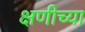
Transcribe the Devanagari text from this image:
क्षणीच्या